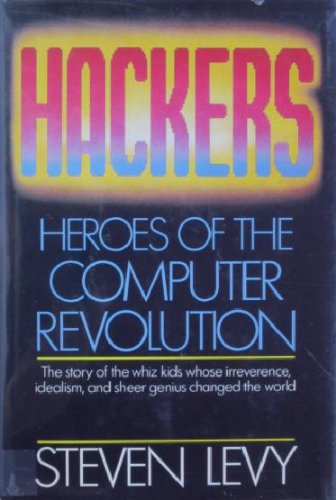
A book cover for Hackers: Heroes of the Computer Revolution; Steven Levy; Computers & Technology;